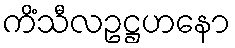
ကိံသီလဥဋ္ဌဟနော